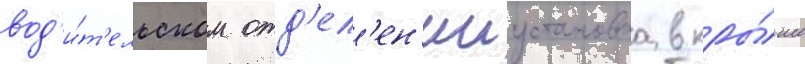
вод'и́т'ельском отд'ел'ен'ииустановка в кры́ше